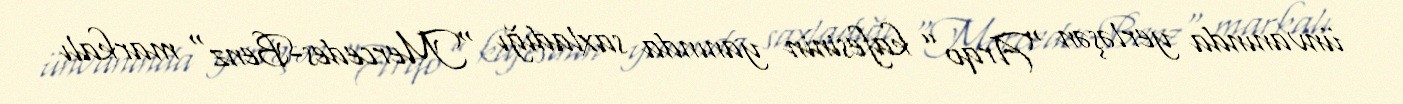
ünvanında yerləşən “Arqo” kafesinin yanında saxladığı "Mercedes-Benz" markalı